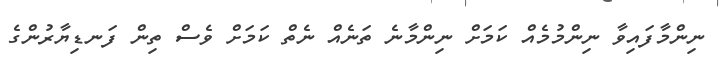
ނިންމާފައިވާ ނިންމުމެއް ކަމަށް ނިންމާނެ ތަނެއް ނެތް ކަމަށް ވެސް ތިން ފަނޑިޔާރުންގެ